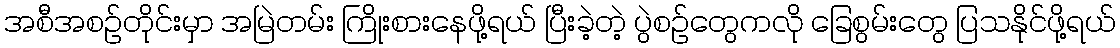
အစီအစဉ်တိုင်းမှာ အမြဲတမ်း ကြိုးစားနေဖို့ရယ် ပြီးခဲ့တဲ့ ပွဲစဉ်တွေကလို ခြေစွမ်းတွေ ပြသနိုင်ဖို့ရယ်